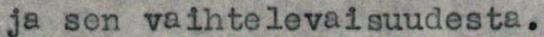
ja sen vaihtelevaisuudesta.